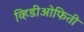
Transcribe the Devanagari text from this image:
व्हिडीओफिती